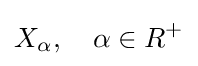
X_{\alpha },\quad \alpha \in R^{+}